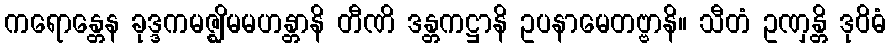
ကရောန္တေန ခုဒ္ဒကမဇ္ဈိမမဟန္တာနိ တီဏိ ဒန္တကဋ္ဌာနိ ဥပနာမေတဗ္ဗာနိ။ သီတံ ဥဏှန္တိ ဒုဝိဓံ